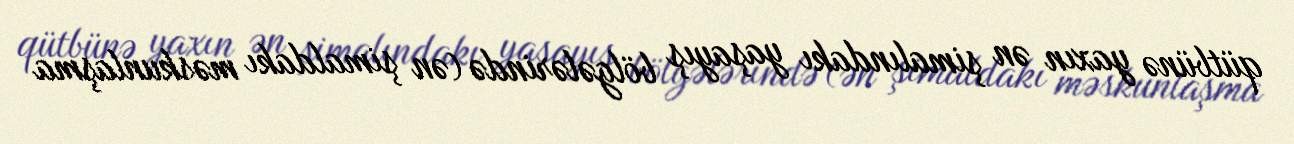
qütbünə yaxın ən şimalındakı yaşayış bölgələrində (ən şimaldakı məskunlaşma